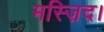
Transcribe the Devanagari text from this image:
मस्ज़िद।